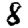
Digit: 8